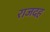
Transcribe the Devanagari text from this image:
राजदह